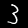
Digit: 3